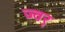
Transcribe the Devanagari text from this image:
ज्वर्